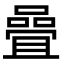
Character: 𡀉